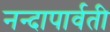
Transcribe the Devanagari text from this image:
नन्दापार्वती